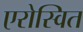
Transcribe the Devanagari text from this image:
एरोस्वित